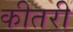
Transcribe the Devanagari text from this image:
कीतरी